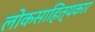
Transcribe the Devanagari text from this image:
लोकसाहित्यकार